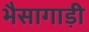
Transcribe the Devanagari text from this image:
भैसागाड़ी